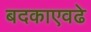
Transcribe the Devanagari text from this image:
बदकाएवढे